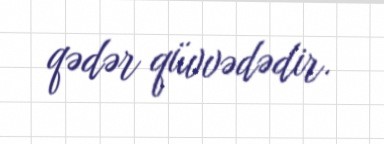
qədər qüvvədədir.